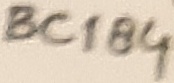
Text: BC184